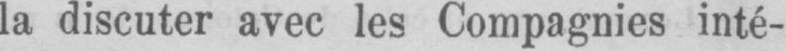
la discuter avec les Compagnies inté-